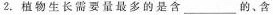
2.植物生长需要量最多的是含___的、含